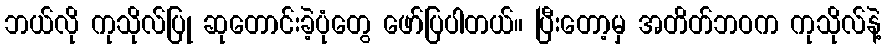
ဘယ်လို ကုသိုလ်ပြု ဆုတောင်းခဲ့ပုံတွေ ဖော်ပြပါတယ်။ ပြီးတော့မှ အတိတ်ဘဝက ကုသိုလ်နဲ့